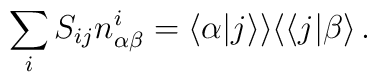
\sum_{i}S_{ij}n_{\alpha\beta}^{i}=\langle\alpha|j\rangle\rangle\langle\langle j|\beta\rangle\,.